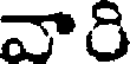
వారి